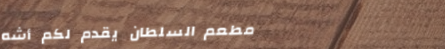
مطعم السلطان يقدم لكم أشه